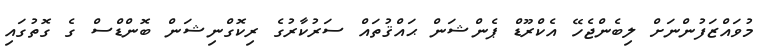
މުވައްޒަފުންނަށް ލިބެންޖެހޭ އެކްރޫޑް ޕެންޝަން ޙައްޤުތައް ސަރުކާރުގެ ރިކޮގްނިޝަން ބޮންޑްސް ގެ ގޮތުގައި